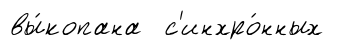
вы́копана с'инхро́нных